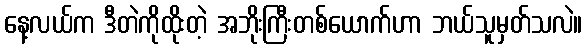
နေ့လယ်က ဒီတဲကိုထိုးတဲ့ အဘိုးကြီးတစ်ယောက်ဟာ ဘယ်သူမှတ်သလဲ။